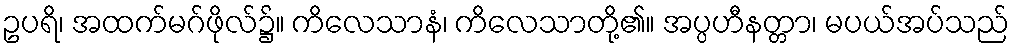
ဥပရိ၊ အထက်မဂ်ဖိုလ်၌။ ကိလေသာနံ၊ ကိလေသာတို့၏။ အပ္ပဟီနတ္တာ၊ မပယ်အပ်သည်